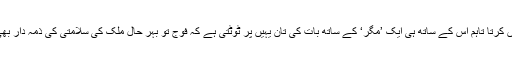
اصولی طور کوئی سیاست دان اور ادارہ بھی اس بات سے انکار نہیں کرتا تاہم اس کے ساتھ ہی ایک ’مگر‘ کے ساتھ بات کی تان یہیں پر ٹوٹتی ہے کہ فوج تو بہر حال ملک کی سلامتی کی ذمہ دار بھی ہے اور حالات و واقعات کو زیادہ اچھی طرح سمجھتی بھی ہے ۔